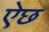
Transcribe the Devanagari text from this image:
ऐछ